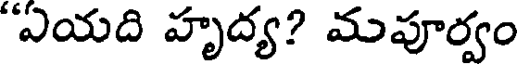
"ఏయది హృద్య? మపూర్వం